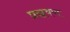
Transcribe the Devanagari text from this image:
प्रस्रवण